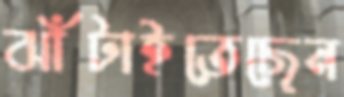
ঝাঁটাইতেছেন